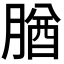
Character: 𦝱